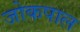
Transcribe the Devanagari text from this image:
जोकपाल